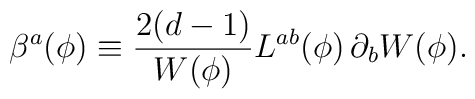
\beta^a(\phi)\equiv   {2(d-1) \over W(\phi)}L^{ab}(\phi)\,\partial_b W(\phi).